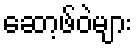
ဆော့ဖ်ဝဲများ